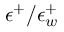
\epsilon ^ { + } / \epsilon _ { w } ^ { + }